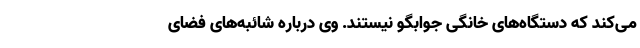
می‌کند که دستگاه‌های خانگی جوابگو نیستند. وی درباره شائبه‌های فضای